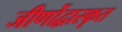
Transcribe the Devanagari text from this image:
जीर्णोद्वारकृत